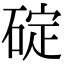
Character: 碇